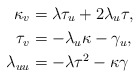
\begin{align*}\kappa_{v} & =\lambda\tau_{u}+2\lambda_{u}\tau,\\\tau_{v} & =-\lambda_{u}\kappa-\gamma_{u},\\\lambda_{uu} & =-\lambda\tau^{2}-\kappa\gamma\end{align*}